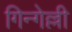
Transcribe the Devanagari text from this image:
गिन्गेल्ली